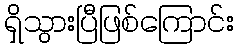
ရှိသွားပြီဖြစ်ကြောင်း